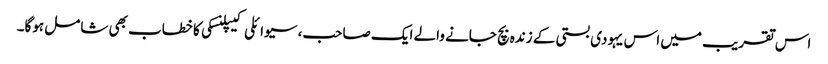
اس تقریب میں اس یہودی بستی کے زندہ بچ جانے والے ایک صاحب، سیوائلی کیپلنسکی کا خطاب بھی شامل ہوگا۔